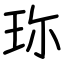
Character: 珎